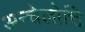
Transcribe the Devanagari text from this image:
अन्चेलोत्ति